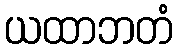
ယထာဘတံ